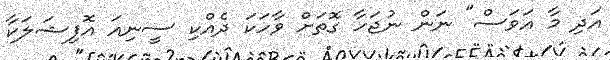
އަދި މާ އަވަސް" ނަން ނުޖަހާ ގޮތަށް ވާހަކަ ދެއްކި ސީނިއަ އޮފިޝަލަކާ